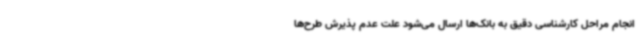
انجام مراحل کارشناسی دقیق به بانک‌ها ارسال می‌شود علت عدم پذیرش طرح‌ها